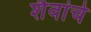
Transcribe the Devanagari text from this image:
शैवांचे